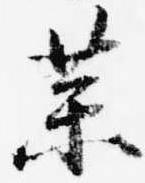
薬